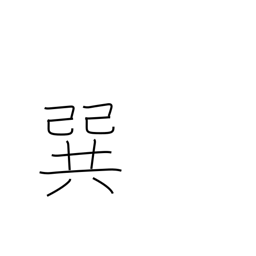
Meaning: southeast